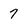
Character: 7